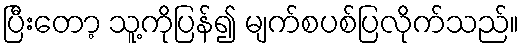
ပြီးတော့ သူ့ကိုပြန်၍ မျက်စပစ်ပြလိုက်သည်။